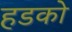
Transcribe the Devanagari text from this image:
हडको